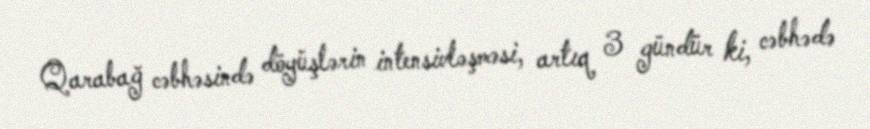
Qarabağ cəbhəsində döyüşlərin intensivləşməsi, artıq 3 gündür ki, cəbhədə